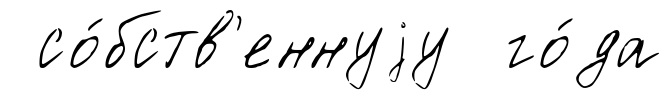
со́бств'еннуjу го́да